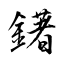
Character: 鐯